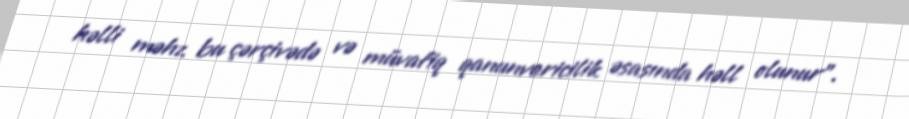
həlli məhz bu çərçivədə və müvafiq qanunvericilik əsasında həll olunur".